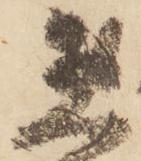
惣